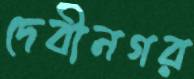
দেবীনগর